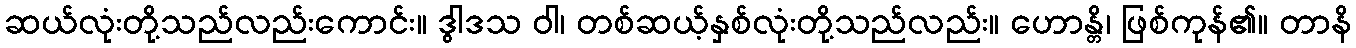
ဆယ်လုံးတို့သည်လည်းကောင်း။ ဒွါဒသ ဝါ၊ တစ်ဆယ့်နှစ်လုံးတို့သည်လည်း။ ဟောန္တိ၊ ဖြစ်ကုန်၏။ တာနိ